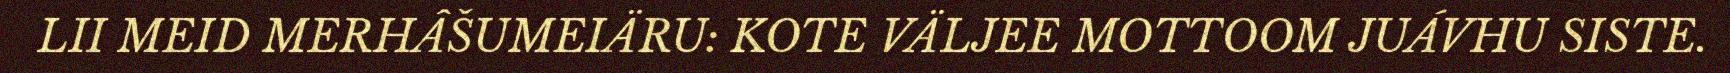
LII MEID MERHÂŠUMEIÄRU: KOTE VÄLJEE MOTTOOM JUÁVHU SISTE.